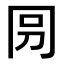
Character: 𠕕